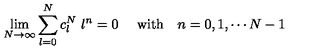
\lim _ { N \rightarrow \infty } \sum _ { l = 0 } ^ { N } c _ { l } ^ { N } \ l ^ { n } = 0 \ \quad \mathrm { w i t h } \quad n = 0 , 1 , \cdots N - 1 \,